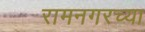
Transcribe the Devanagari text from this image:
रामनगरच्या